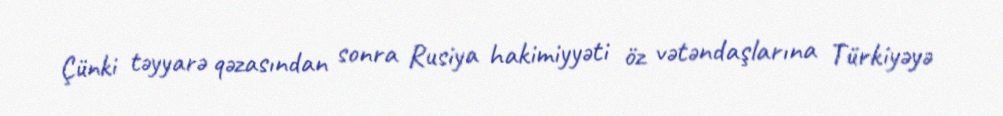
Çünki təyyarə qəzasından sonra Rusiya hakimiyyəti öz vətəndaşlarına Türkiyəyə